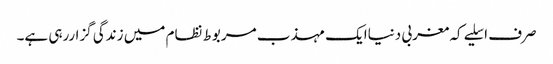
صرف اسلیے کہ مغربی دنیاایک مہذب مربوط نظام میں زندگی گزاررہی ہے۔